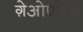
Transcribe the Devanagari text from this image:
ग़ेओफ़्फ़्रेय